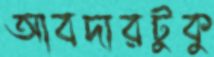
আবদারটুকু